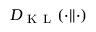
D _ { \mathrm { ~ K ~ L ~ } } ( \cdot | | \cdot )